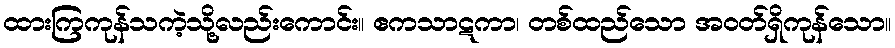
ထားကြကုန်သကဲ့သို့လည်းကောင်း။ ဧကသာဋကာ၊ တစ်ထည်သော အဝတ်ရှိကုန်သော။